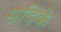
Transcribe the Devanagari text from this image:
सदिके